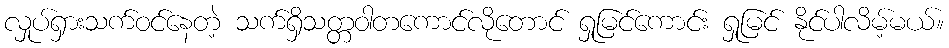
လှုပ်ရှားသက်ဝင်နေတဲ့ သက်ရှိသတ္တဝါတကောင်လိုတောင် ရှုမြင်ကောင်း ရှုမြင် နိုင်ပါလိမ့်မယ်။